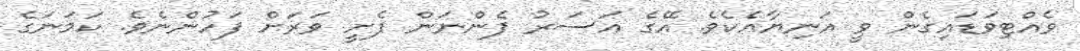
ވެއްޓިވަޑައިގެން ވީ އަނިޔާއެކެވެ. އޭގެ އަސަރު ފެންނަން ފެށީ ވަރަށް ފަހުންނެވެ. ކަމަނަގެ